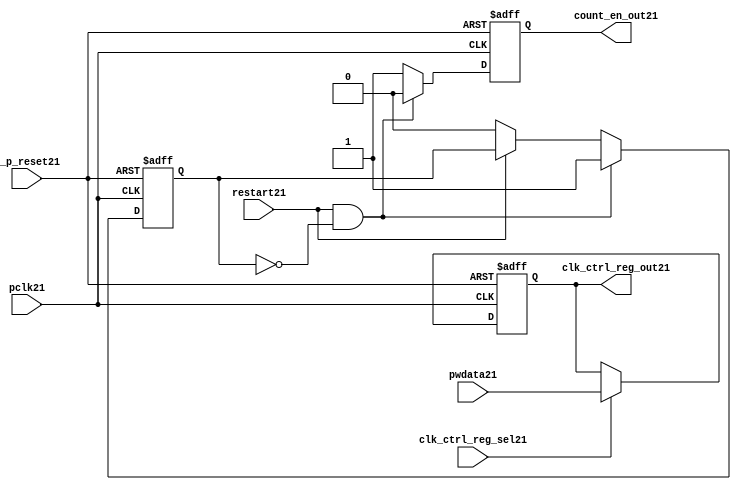
//File21 name   : ttc_count_rst_lite21.v
//Title21       : 
//Created21     : 1999
//Description21 : TTC21 counter reset block
//Notes21       : 
//----------------------------------------------------------------------
//   Copyright21 1999-2010 Cadence21 Design21 Systems21, Inc21.
//   All Rights21 Reserved21 Worldwide21
//
//   Licensed21 under the Apache21 License21, Version21 2.0 (the
//   "License21"); you may not use this file except21 in
//   compliance21 with the License21.  You may obtain21 a copy of
//   the License21 at
//
//       http21://www21.apache21.org21/licenses21/LICENSE21-2.0
//
//   Unless21 required21 by applicable21 law21 or agreed21 to in
//   writing, software21 distributed21 under the License21 is
//   distributed21 on an "AS21 IS21" BASIS21, WITHOUT21 WARRANTIES21 OR21
//   CONDITIONS21 OF21 ANY21 KIND21, either21 express21 or implied21.  See
//   the License21 for the specific21 language21 governing21
//   permissions21 and limitations21 under the License21.
//----------------------------------------------------------------------

module ttc_count_rst_lite21(

  //inputs21
  n_p_reset21,                             
  pclk21, 
  pwdata21,                                                           
  clk_ctrl_reg_sel21,
  restart21,        

  //outputs21
  count_en_out21,
  clk_ctrl_reg_out21

  );


//-----------------------------------------------------------------------------
// PORT DECLARATIONS21
//-----------------------------------------------------------------------------

   // inputs21
   input n_p_reset21;                 // Reset21 signal21
   input pclk21;                    // APB21 System21 clock21
   input [6:0] pwdata21;           // 7-Bit21 pwdata21 from APB21 interface
   input clk_ctrl_reg_sel21;        // Select21 for the clk_ctrl_reg21
   input restart21;                 // Restart21 reset from cntr_ctrl_reg21

   // outputs21
   output count_en_out21;
   output [6:0] clk_ctrl_reg_out21; // Controls21 clock21 selected


//-----------------------------------------------------------------------------
// Internal Signals21 & Registers21
//-----------------------------------------------------------------------------


   
   reg [6:0]    clk_ctrl_reg21;     //7-bit clock21 control21 register.
   
   reg          restart_var21;      //ensures21 prescaler21 reset at start of restart21 
   
   reg          count_en21;         //enable signal21 to counter

   
   wire [6:0]   clk_ctrl_reg_out21; //clock21 control21 output wire
   wire         count_en_out21;     //counter enable output
   
   
//-----------------------------------------------------------------------------
// Logic21 Section21:


//
//    p_clk_ctrl21: Process21 to implement the clk_ctrl_reg21.  
//                When21 select21 line is set then21 the data will be inserted21 to 
//                the clock21 control21 register, otherwise21 it will be equal21 to 
//                the previous value of the register, else it will be zero.
//-----------------------------------------------------------------------------

   assign clk_ctrl_reg_out21  = clk_ctrl_reg21;
   assign count_en_out21      = count_en21;


//    p_ps_counter21: counter for clock21 enable generation21.
   
   always @(posedge pclk21 or negedge n_p_reset21)
   begin: p_ps_counter21
      
      if (!n_p_reset21)
      begin
         restart_var21  <= 1'b0;
         count_en21     <= 1'b0;
      end
      else
      begin
         if (restart21 & ~restart_var21)
         begin
            restart_var21  <= 1'b1;
            count_en21     <= 1'b0;
         end 
         
         else 
           begin
              
              if (~restart21)
                 restart_var21 <= 1'b0;
              else
                 restart_var21 <= restart_var21;
                 
              count_en21     <= 1'b1;        
              
           end
      end // else: !if(!n_p_reset21)      
  
   end  //p_ps_counter21



// p_clk_ctrl21 : Process21 for writing to the clk_ctrl_reg21
   
   always @ (posedge pclk21 or negedge n_p_reset21)
   begin: p_clk_ctrl21
      
      if (!n_p_reset21)
         clk_ctrl_reg21 <= 7'h00;
      else
      begin 

         if (clk_ctrl_reg_sel21)
            clk_ctrl_reg21 <= pwdata21;
         else
            clk_ctrl_reg21 <= clk_ctrl_reg21;

      end 
      
   end  //p_clk_ctrl21

   
endmodule